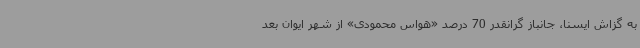
به گزاش ایسنا، جانباز گرانقدر 70 درصد «هواس محمودی» از شهر ایوان بعد